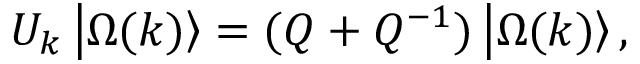
U _ { k } \left| \Omega ( k ) \right\rangle = ( Q + Q ^ { - 1 } ) \left| \Omega ( k ) \right\rangle ,